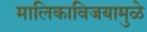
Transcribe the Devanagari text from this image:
मालिकाविजयामुळे